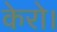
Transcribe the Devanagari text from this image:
केरो।